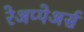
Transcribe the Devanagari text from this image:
रेअप्पेअर्स